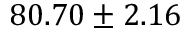
8 0 . 7 0 \pm 2 . 1 6